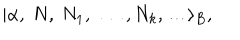
LaTeX: | \alpha , \ N , \ N _ { 1 } , \ \dots , N _ { k } , \dots \rangle _ { B } ,